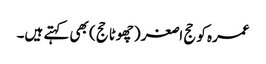
عمرہ کو حج اصغر (چھوٹا حج) بھی کہتے ہیں۔